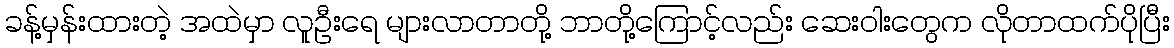
ခန့်မှန်းထားတဲ့ အထဲမှာ လူဦးရေ များလာတာတို့ ဘာတို့ကြောင့်လည်း ဆေးဝါးတွေက လိုတာထက်ပိုပြီး